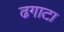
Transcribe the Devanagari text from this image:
ढगाटा